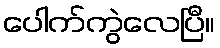
ပေါက်ကွဲလေပြီ။